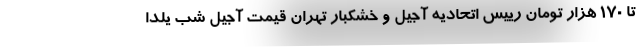
تا ۱۷۰ هزار تومان رییس اتحادیه آجیل و خشکبار تهران قیمت آجیل شب یلدا